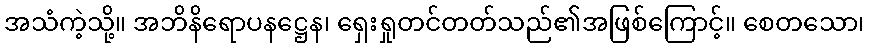
အသံကဲ့သို့။ အဘိနိရောပနဋ္ဌေန၊ ရှေးရှုတင်တတ်သည်၏အဖြစ်ကြောင့်။ စေတသော၊